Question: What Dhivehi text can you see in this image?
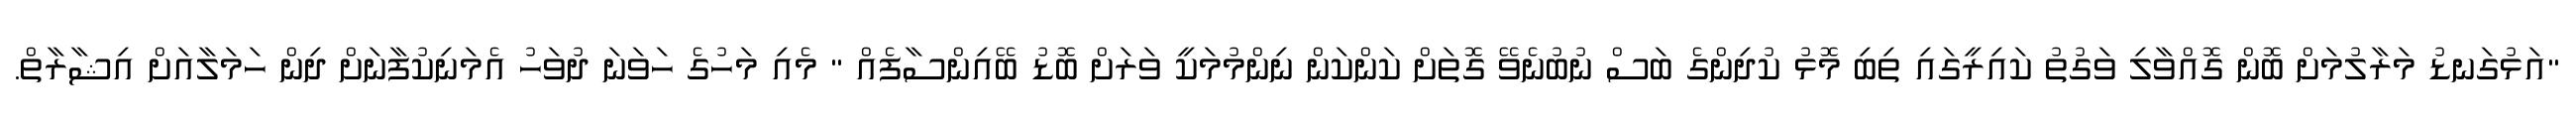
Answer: "އަޅުގަނޑު މަރާލުމަށް ބޮން ގޮއްވާލި ވަގުތު ކައިރީގައި ތިބި މޮޅު ކުދިންގެ ބަސް ނުބުނެވޭ ގޮތަށް ކަންކަން ނިންމުމަކީ ވަރަށް ބޮޑު ބޭއިންސާފެއް " މެއި މަހުގެ ހަވަނަ ދުވަހު އެމަނިކުފާނަށް ދިން ހަމަލާއަށް އިޝާރާތް.